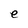
Character: e